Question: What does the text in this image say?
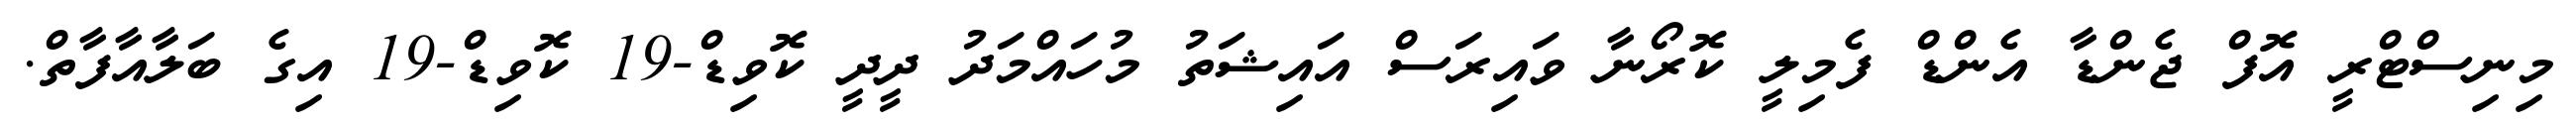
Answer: މިނިސްޓްރީ އޮފް ޖެންޑާ އެންޑް ފެމިލީ ކޮރޯނާ ވައިރަސް އައިޝަތު މުހައްމަދު ދީދީ ކޮވިޑް-19 ކޮވިޑް-19 އިގެ ބަލާއާފާތް.